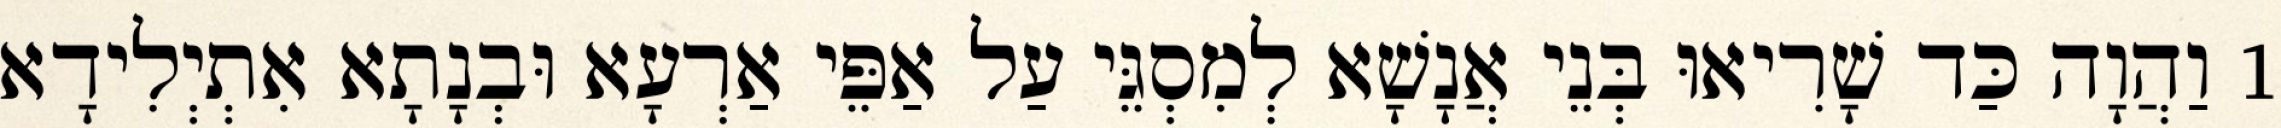
1 וַהֲוָה כַּד שָׁרִיאוּ בְּנֵי אֲנָשָׁא לְמִסְגֵּי עַל אַפֵּי אַרְעָא וּבְנָתָא אִתְיְלִידָא